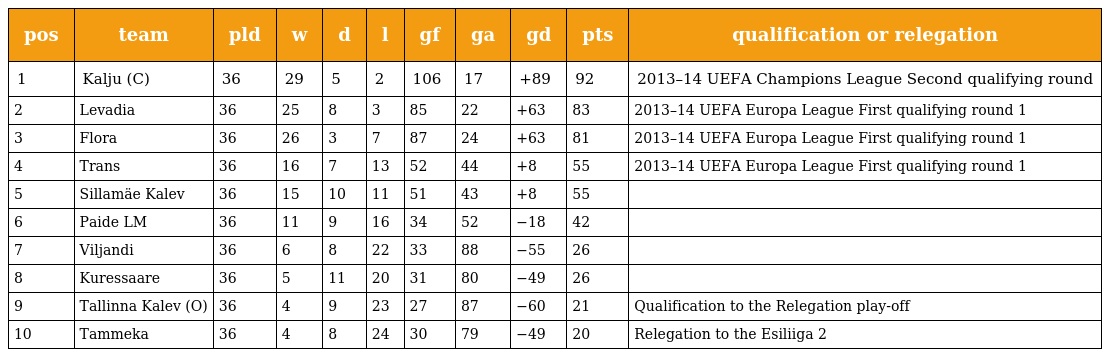
| pos | team | pld | w | d | l | gf | ga | gd | pts | qualification or relegation |
 | --- | --- | --- | --- | --- | --- | --- | --- | --- | --- | --- |
 | 1 | Kalju (C) | 36 | 29 | 5 | 2 | 106 | 17 | +89 | 92 | 2013–14 UEFA Champions League Second qualifying round |
 | 2 | Levadia | 36 | 25 | 8 | 3 | 85 | 22 | +63 | 83 | 2013–14 UEFA Europa League First qualifying round 1 |
 | 3 | Flora | 36 | 26 | 3 | 7 | 87 | 24 | +63 | 81 | 2013–14 UEFA Europa League First qualifying round 1 |
 | 4 | Trans | 36 | 16 | 7 | 13 | 52 | 44 | +8 | 55 | 2013–14 UEFA Europa League First qualifying round 1 |
 | 5 | Sillamäe Kalev | 36 | 15 | 10 | 11 | 51 | 43 | +8 | 55 |  |
 | 6 | Paide LM | 36 | 11 | 9 | 16 | 34 | 52 | −18 | 42 |  |
 | 7 | Viljandi | 36 | 6 | 8 | 22 | 33 | 88 | −55 | 26 |  |
 | 8 | Kuressaare | 36 | 5 | 11 | 20 | 31 | 80 | −49 | 26 |  |
 | 9 | Tallinna Kalev (O) | 36 | 4 | 9 | 23 | 27 | 87 | −60 | 21 | Qualification to the Relegation play-off |
 | 10 | Tammeka | 36 | 4 | 8 | 24 | 30 | 79 | −49 | 20 | Relegation to the Esiliiga 2 |